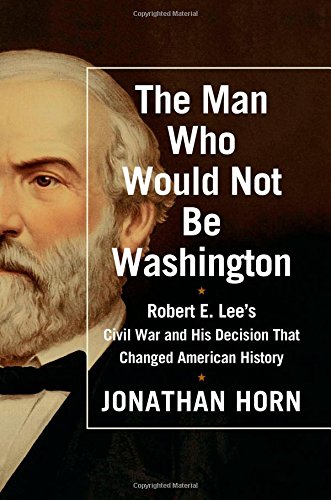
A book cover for The Man Who Would Not Be Washington: Robert E. Lee's Civil War and His Decision That Changed American History; Jonathan Horn; History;